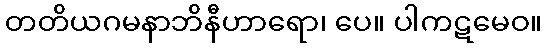
တတိယဂမနာဘိနီဟာရော၊ ပေ။ ပါကဋမေဝ။